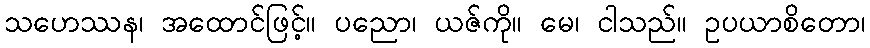
သဟေဿန၊ အထောင်ဖြင့်။ ပညော၊ ယဇ်ကို။ မေ၊ ငါသည်။ ဥပယာစိတော၊